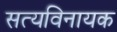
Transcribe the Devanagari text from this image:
सत्यविनायक